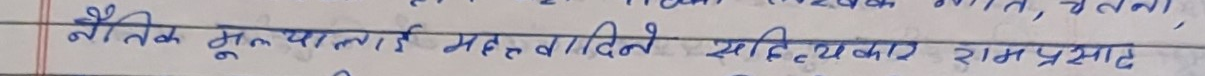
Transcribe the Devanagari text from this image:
नैतिक मूल्यलाई महत्व दिने साहित्यकार राम प्रसाद